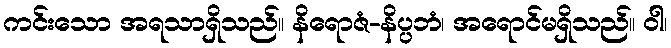
ကင်းသော အရသာရှိသည်။ နိရောဇံ-နိပ္ပဘံ၊ အရောင်မရှိသည်။ ဝါ၊